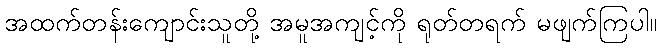
အထက်တန်းကျောင်းသူတို့ အမူအကျင့်ကို ရုတ်တရက် မဖျက်ကြပါ။